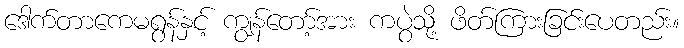
ဒေါက်တာကေမရွန်နှင့် ကျွန်တော့်အား ကပွဲသို့ ဖိတ်ကြားခြင်းပေတည်း။